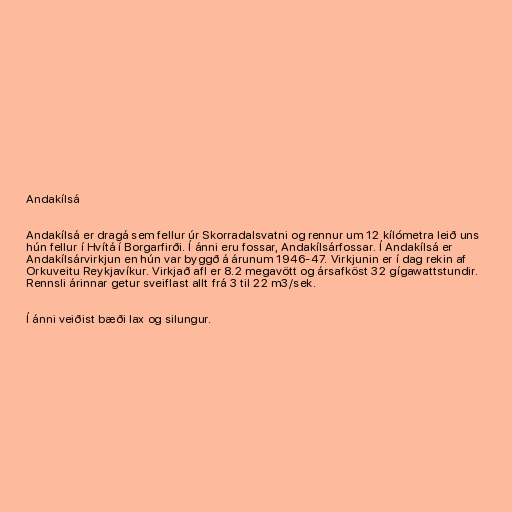
Andakílsá

Andakílsá er dragá sem fellur úr Skorradalsvatni og rennur um 12 kílómetra leið uns
hún fellur í Hvítá í Borgarfirði. Í ánni eru fossar, Andakílsárfossar. Í Andakílsá er
Andakílsárvirkjun en hún var byggð á árunum 1946-47. Virkjunin er í dag rekin af
Orkuveitu Reykjavíkur. Virkjað afl er 8.2 megavött og ársafköst 32 gígawattstundir.
Rennsli árinnar getur sveiflast allt frá 3 til 22 m3/sek.

Í ánni veiðist bæði lax og silungur.